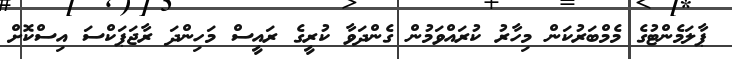
ޕާލަމެންޓުގެ މެމްބަރުކަން މިހާރު ކުރައްވަމުން ގެންދަވާ ކުރީގެ ރައީސް މަހިންދަ ރާޖަޕަކްސަ އިސްކޮށް